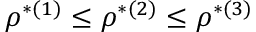
\rho ^ { * ( 1 ) } \leq \rho ^ { * ( 2 ) } \leq \rho ^ { * ( 3 ) }